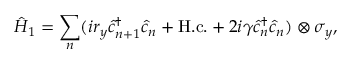
\hat { H } _ { 1 } = \sum _ { n } ( i r _ { y } \hat { c } _ { n + 1 } ^ { \dagger } \hat { c } _ { n } + \mathrm { H . c . } + 2 i \gamma \hat { c } _ { n } ^ { \dagger } \hat { c } _ { n } ) \otimes \sigma _ { y } ,